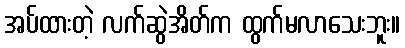
အပ်ထားတဲ့ လက်ဆွဲအိတ်က ထွက်မလာသေးဘူး။